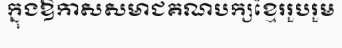
ក្នុងឱកាសសមាជគណបក្សខ្មែររួបរួម